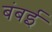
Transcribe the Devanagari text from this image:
बंबर्इ